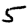
Digit: 5